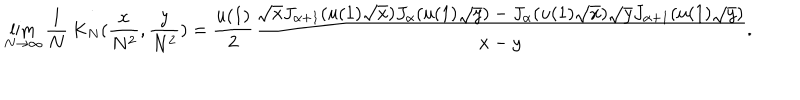
LaTeX: \lim _ { N \rightarrow \infty } \frac 1 N \, K _ { N } ( \frac { x } { N ^ { 2 } } , \frac { y } { N ^ { 2 } } ) = \frac { u ( 1 ) } { 2 } \frac { \sqrt { x } J _ { \alpha + 1 } ( u ( 1 ) \sqrt { x } ) J _ { \alpha } ( u ( 1 ) \sqrt { y } ) - J _ { \alpha } ( u ( 1 ) \sqrt { x } ) \sqrt { y } J _ { \alpha + 1 } ( u ( 1 ) \sqrt { y } ) } { x - y } .